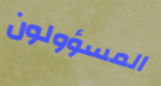
المسؤولون